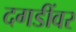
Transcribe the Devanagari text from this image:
दगडींवर